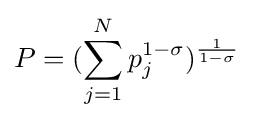
P=(\sum _{j=1}^{N}p_{j}^{1-\sigma })^{\frac {1}{1-\sigma }}